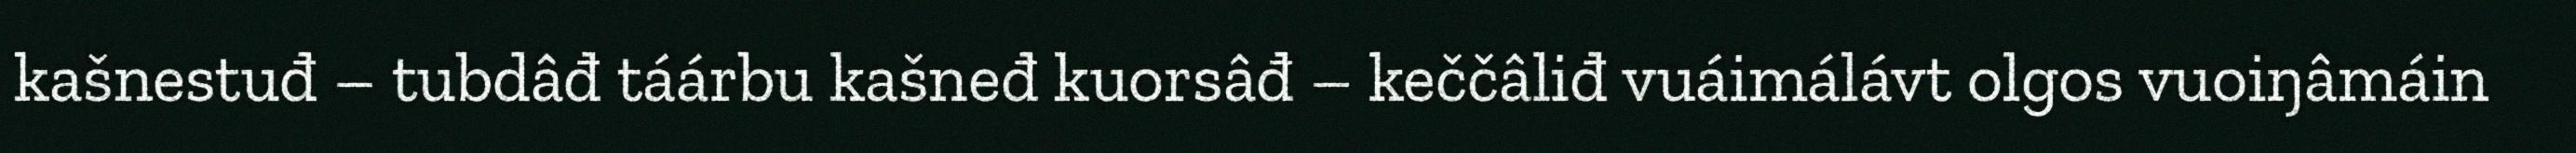
kašnestuđ – tubdâđ táárbu kašneđ kuorsâđ – keččâliđ vuáimálávt olgos vuoiŋâmáin